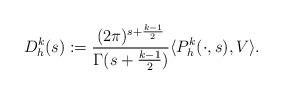
LaTeX: \begin{align*} D^k_h(s) := \frac{(2\pi)^{s + \frac{k-1}{2}}}{\Gamma(s + \frac{k-1}{2})} \langle P_h^k(\cdot, s), V\rangle.\end{align*}